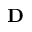
\mathbf { D }